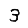
Digit: 3